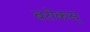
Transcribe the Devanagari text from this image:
बरोकस्